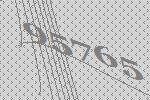
95765